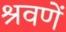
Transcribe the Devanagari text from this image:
श्रवणें